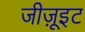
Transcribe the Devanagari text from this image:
जीज़ूइट